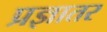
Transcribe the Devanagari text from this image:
प्रज्ञातर